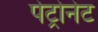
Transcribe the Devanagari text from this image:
पेट्रोनेट